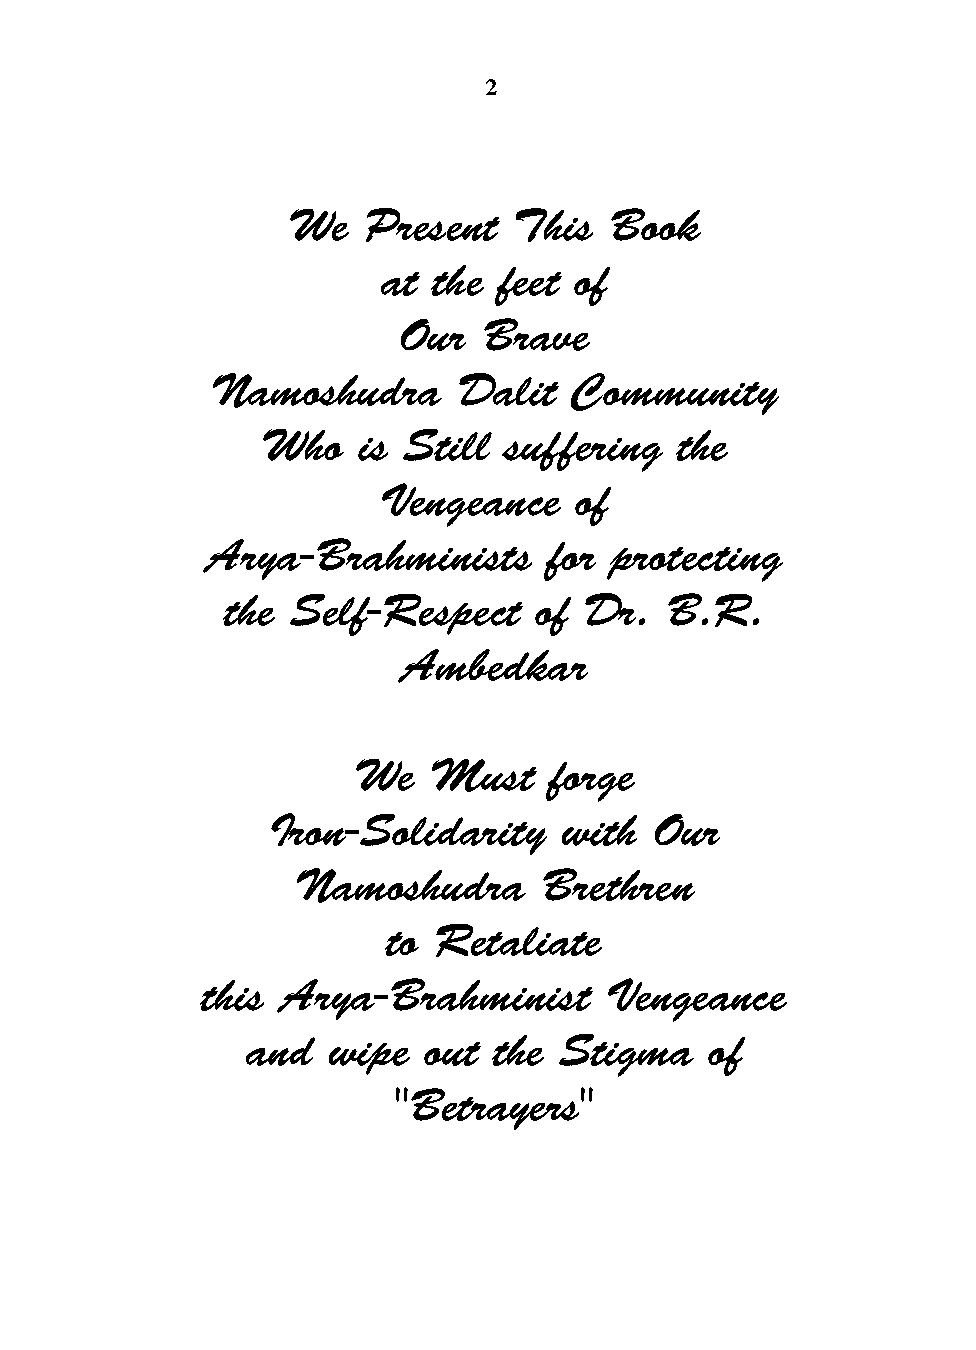
2
 We   Present   This  Book
 at  the feet of
 Our   Brave
 Namoshudra      Dalit   Community
 Who    is Still suffering   the
 Vengeance    of
 Arya-Brahminists      for protecting
 the Self-Respect    of  Dr.  B.R.
 Ambedkar
 We   Must    forge
 Iron-Solidarity    with  Our
 Namoshudra       Brethren
 to Retaliate
 this  Arya-Brahminist      Vengeance
 and   wipe  out  the Stigma    of
 "Betrayers"